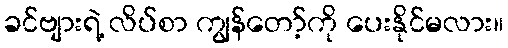
ခင်ဗျားရဲ့ လိပ်စာ ကျွန်တော့်ကို ပေးနိုင်မလား။